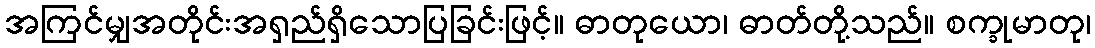
အကြင်မျှအတိုင်းအရှည်ရှိသောပြခြင်းဖြင့်။ ဓာတုယော၊ ဓာတ်တို့သည်။ စက္ခုမာတု၊